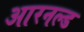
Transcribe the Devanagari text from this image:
आरनल्‍ड